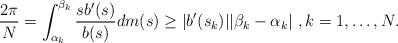
LaTeX: \begin{align*} \frac{2\pi}{N}=\int_{\alpha_k}^{\beta_k}\frac{sb'(s)}{b(s)}dm(s)\geq |b'(s_k)||\beta_k-\alpha_k|\ , k=1, \ldots, N . \end{align*}